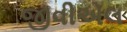
જીવીએલ